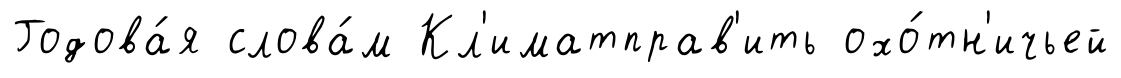
Годова́я слова́м Кл'иматправ'ить охо́тн'ичьей